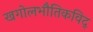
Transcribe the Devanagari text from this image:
खगोलभौतिकविद्